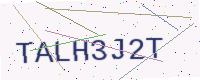
Text: TALH3J2T